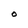
Character: O